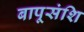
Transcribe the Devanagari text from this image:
बापूसंशि